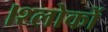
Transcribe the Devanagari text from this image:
।श्लोकों